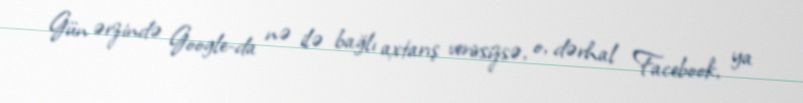
Gün ərzində Google-da nə ilə bağlı axtarış verirsizsə, o, dərhal Facebook, ya